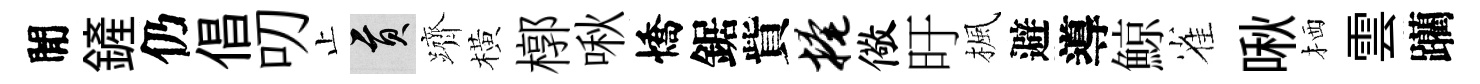
閒鏟仍倡叨止貢躋橫槨啾憍鋸貲掩儆旴楓避導鯨雀啾栖雲躪